Lunatic asylums Bombay report 1878-1890 - 1878-1890
Year: 1878
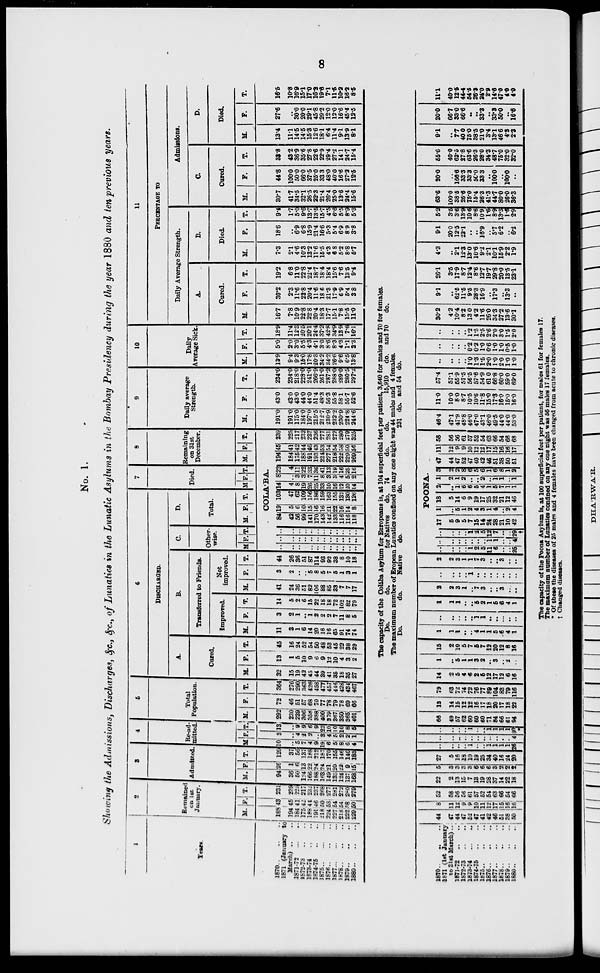
8
No. 1.
Showing the Admissions, Discharges, &c., &c., of Lunatics in the Lunatic Asylums in the Bombay Presidency during the year 1880 and ten previous years.
1
Years
1870 .. .. ..
1871 (January to
March) .. ..
1871-72
..
..
1872-73 .. ..
1873-74 .. ..
1874-75 .. ..
1875 .. ... ...
1876
..
..
1877
..
..
1878
..
..
1879
..
..
1880 .. ..
2
Remained
on 1st
January.
M.
188
194
184
175
188
191
218
224
227
218
222
229
F.
43
45
41
42
44
46
50
53
54
54
58
50
T.
231
239
225
217
232
237
268
277
281
272
280
279
3
Admitted.
M.
94
36
50
124
166
188
163
149
135
124
137
168
F.
26
1
6
13
22
24
24
21
20
22
9
15
T.
120
37
56
137
188
212
187
170
155
146
146
183
4
Re-ad-
mitted.
M
10
..
5
7
4
9
19
6
5
8
6
4
F.
3
..
4
2
2
..
3
4
5
2
2
1
T.
13
..
9
9
6
9
22
10
10
10
8
5
5
Total
Population.
M.
292
230
239
306
358
388
400
379
367
350
365
401
F.
72
46
51
57
68
70
77
78
79
78
69
66
T.
364
276
290
363
426
458
477
457
446
428
434
467
6
DISCHARGED.
A.
Cured.
M.
32
15
19
42
45
44
39
41
35
18
35
27
F.
13
1
5
10
9
6
9
12
10
4
3
2
T.
45
16
24
52
54
50
48
53
45
22
38
29
B.
Transferred to Friends.
Improved.
M.
11
3
1
6
14
20
16
16
65
91
74
74
F.
3
2
1
..
1
2
2
2
7
11
8
5
T.
14
5
2
6
15
22
18
18
72
102
82
79
Not
improved.
M.
41
24
36
51
82
106
88
85
33
7
7
17
F.
3
2
..
..
5
8
5
7
5
1
3
1
T.
44
26
36
51
87
114
93
92
38
8
10
18
C.
Other-
wise.
M
F. T.
D.
Total.
M. F. T.
7
Died.
M F. T.
8
Remaining
on 31st
December.
M. F. T.
COLA'BA.
..
..
..
..
..
..
..
..
..
..
..
..
..
..
..
..
..
..
..
..
..
..
..
..
..
..
..
..
..
..
..
..
..
..
..
..
84
42
56
99
141
170
143
142
133
116
116
118
19
5
6
10
15
16
16
21
22
16
14
8
103
47
62
109
156
186
159
163
155
132
130
126
14
4
8
19
26
25
33
10
16
12
20
14
8
..
3
3
7
11
8
3
3
4
5
2
22
4
11
22
33
36
41
13
19
16
25
16
194
184
175
188
191
193
224
227
218
222
229
269
45
41
42
44
46
43
53
54
54
58
50
56
239
225
217
232
237
236
277
281
272
280
279
325
9
Daily average
Strength.
M.
191.0
191.0
175.0
184.0
197.0
215.5
212.7
230.9
232.2
230.9
224.8
244.6
F.
43.0
43.0
43.0
44.0
44.0
51.4
48.3
56.3
55.8
58.1
55.7
52.6
T.
234.0
234.0
218.0
228.0
241.0
266.9
261.0
287.2
288.0
289.0
280.5
297.2
10
Daily
Average Sick.
M.
13.9
9.4
9.3
15.0
17.8
20.3
34.2
34.2
26.6
9.6
6.5
13.8
F.
5.0
2.0
3.0
5.5
4.3
4.1
3.0
8.6
8.3
4.3
1.1
2.3
T.
18.9
11.4
12.3
20.5
20.1
24.4
37.2
42.8
34.9
13.9
7.6
16.1
11
PERCENTAGE TO
Daily Average Strength.
A.
Cured.
M.
16.7
7.8
10.9
22.8
22.8
20.4
18.3
17.7
15.1
7.8
15.5
11.0
F.
30.2
2.3
11.6
22.8
20.4
11.6
18.6
21.3
17.9
6.9
5.4
3.8
T.
19.2
6.8
11.0
22.8
22.4
18.7
18.4
18.4
15.6
7.6
13.5
9.4
B.
Died.
M.
7.3
2.1
4.6
10.3
13.2
11.6
15.5
4.3
6.8
5.2
8.8
6.7
F.
18.6
..
6.9
6.8
15.9
21.4
16.6
5.3
5.4
6.9
8.9
3.8
T.
9.4
1.7
5.0
9.6
13.7
13.5
15.7
4.5
6.6
5.5
8.9
5.3
Admissions.
C.
Cured.
M.
30.7
41.7
34.5
32.1
26.5
22.3
21.4
26.4
25.0
13.6
24.4
15.6
F.
44.8
100.0
50.0
66.0
37.5
25.0
33.3
48.0
40.0
16.6
27.2
12.5
T.
33.8
43.2
36.9
35.6
27.8
22.6
22.9
29.4
27.2
14.1
24.7
15.4
D.
Died.
M.
13.4
11.1
14.5
14.5
15.3
12.6
18.1
6.4
11.4
9.1
13.9
8.1
F.
27.6
..
30.0
20.0
29.1
45.8
29.2
12.0
12.0
16.6
45.4
12.5
T.
16.5
10.8
16.9
15.1
17.0
16.2
19.6
7.1
11.5
10.2
16.2
8.5
The capacity of the Colába Asylum for Europeans is, at 104 superficial feet per patient, 3,640 for males and 70 for females.
Do.
do.
for Natives
do. 74
do.
do.
15,910
do. and 70
do.
The maximum number of Eropean Lunatics confined on any one night was 44 males and 4 females.
Do.
do.
Native
do.
do.
231 do. and 54 do.
1870 .. .. ..
1871 (1st January
to 31st March) ..
1871-72 .. ..
1872-73 .. ..
1873-74
..
..
1874-75 .. ..
1875
..
..
..
1876 .. .. ..
1877
..
..
..
1878
..
..
..
1879
..
..
..
1880
..
..
..
44
47
44
47
52
47
41
42
46
51
38
50
8
11
12
9
9
10
11
12
17
15
16
16
52
58
56
56
61
57
52
54
63
66
54
66
22
2
13
15
7
13
19
28
37
14
22
18
5
3
3
3
3
6
6
6
3
2
2
2
27
5
16
18
10
19
25
34
40
16
24
20
..
..
..
..
1
..
..
1
1
1
1
26
..
..
..
..
..
..
..
..
..
..
..
4
..
..
..
..
1
..
..
1
1
1
1
30
*
66
49
57
62
60
60
60
71
84
66
61
94
13
14
15
12
12
16
17
18
20
17
18
22
79
63
72
74
72
76
77
89
104
83
79
116
14
2
5
4
6
2
5
12
17
12
6
16
1
..
5
1
1
3
2
..
3
..
2
..
15
2
10
5
7
5
7
12
20
12
8
16
1
1
1
..
..
4
1
1
5
6
4
1
..
..
..
..
..
1
1
..
..
..
..
..
1
1
1
..
..
5
2
1
5
6
4
1
2
2
3
1
..
7
3
..
..
3
..
..
..
..
..
..
1
..
..
..
..
..
..
..
2
2
3
1
1
7
3
..
..
3
..
..
POONA.
..
..
..
..
1
2
5
11
6
..
..
25
..
..
..
..
..
..
..
1 1
..
..
4
..
..
..
..
1
2
5
12
7
..
..
29
†
17
5
9
5
7
15
14
24
28
21
10
42
1
..
5
1
2
4
3
1
4
..
2
4
18
5
14
6
9
19
17
25
32
21
12
46
2
..
1
6
6
5
4
1
5
7
1
1
1
2
1
2
..
..
2
..
1
1
..
1
3
2
2
8
6
5
6
1
6
8
1
2
47
44
47
52
47
40
42
46
51
38
50
51
11
12
9
9
10
12
12
17
15
16
16
17
58
56
56
61
57
52
54
63
66
54
66
68
46.4
47.1
47.9
48.8
46.0
47.0
43.1
46.0
49.5
44.0
44.0
53.0
11.0
10.0
8.0
8.7
10.5
10.6
11.8
15.0
17.3
16.0
15.0
16.0
57.4
57.1
55.9
57.5
56.5
57.6
54.9
61.0
66.8
60.0
59 0
69.0
..
..
..
..
10
1.3
1.5
2.0
1.0
2.0
1.0
1.0
..
..
..
..
0.2
0.2
1.0
0.6
1.0
1.0
0.5
1.0
..
..
..
..
1.2
1.5
2.5
2.6
2.0
3.0
1.5
2.0
30.2
4.2
10.4
8.2
13.0
4.2
11.6
26.0
34.3
27.2
13.6
30.1
9.1
..
62.5
11.5
9.5
28.3
16.9
..
17.3
..
13.3
..
26.1
3.5
17.9
8.7
12.4
8.6
12.7
19.7
29.8
20.0
13.5
23.1
4.3
..
2.1
12.3
13.0
10.6
9.2
2.1
10.1
15.9
2.2
1.9
9.1
20.0
12.5
22.1
..
..
16.9
..
5.7
6.2
..
6.2
5.2
3.5
3.6
13.9
10.6
8.6
10.9
1.6
8.9
13.3
1.6
2.9
63.6
100.0
38.5
26.6
75.0
15.4
26.3
41.3
44.7
80.0
26.0
36.3
20.0
..
166.6
33.3
33.3
50.0
33.3
..
100.0
..
100.0
..
55.6
40.0
62.5
27.8
63.6
26.3
28.0
34.3
48.7
75.0
32.0
32.0
9.1
..
7.7
40.0
75.0
38.5
21.0
3.4
13.1
46.6
4.3
2.3
20.0
66.7
33.0
66.6
..
..
33.3
..
33.3
50.0
..
16.6
11.1
40.0
12.5
44.4
54.5
26.3
24.0
2.9
14.6
47.0
4.0
4.0
The capacity of the Poona Asylum is, at 100 superficial feet per patient, for males 61 for females 17.
The maximum number of Lunatics confined on any one night was 56 males 17 females.
* Of these the diseases of 25 males and 4 females have been changed from acute to chronic diseases.
† Changed diseases.